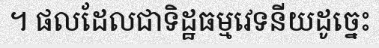
។ ផលដែលជាទិដ្ឋធម្មវេទនីយដូច្នេះ